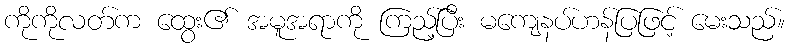
ကိုကိုလတ်က ထွေး၏ အမူအရာကို ကြည့်ပြီး မကျေနပ်ဟန်ပြဖြင့် မေးသည်။